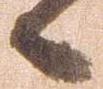
候